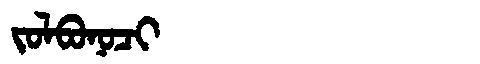
Manchu: ᠵᠣᠯᠪᠣᠨᠣᠴᡳ
Romanization: JOLBONOCI